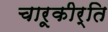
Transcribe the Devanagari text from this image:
चारूकीर्ति